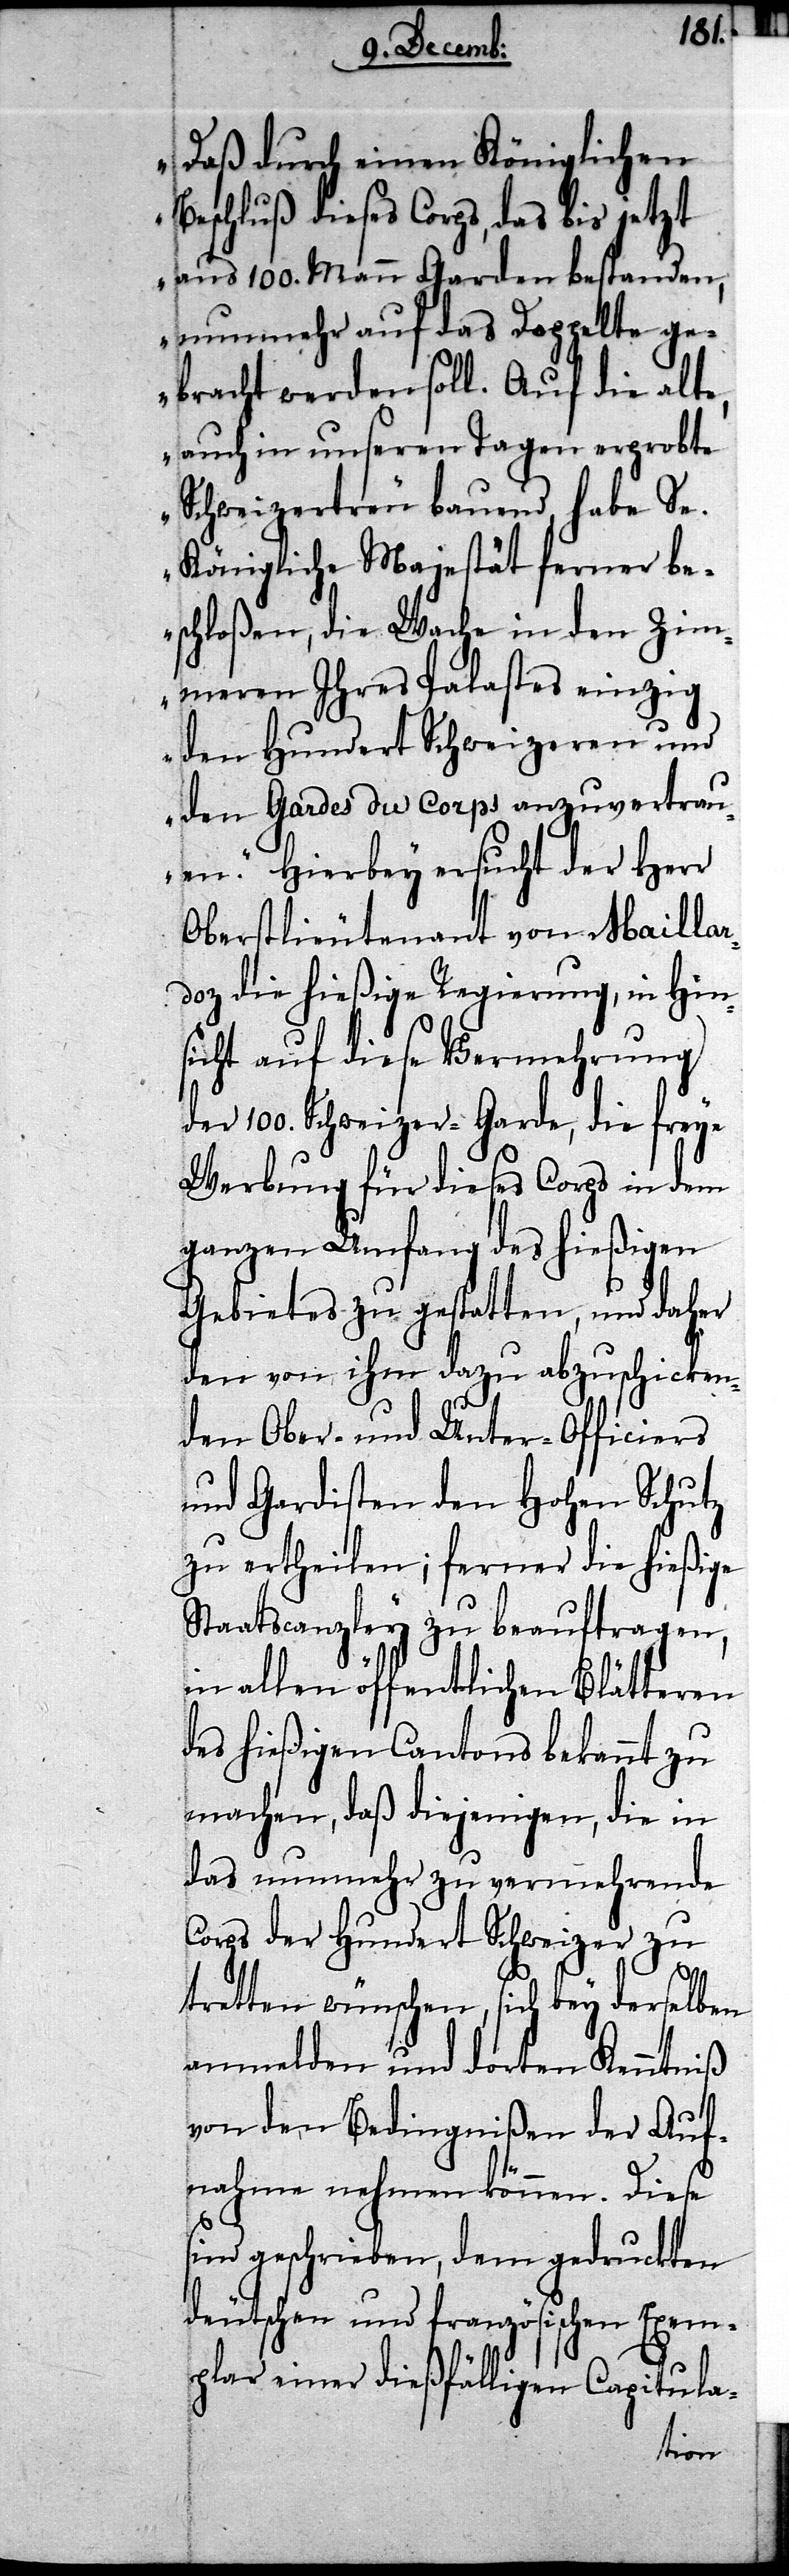
„Dass durch einen Königlichen
Beschluß dieses Corps, das bis jetzt
aus 100. Mann Garden bestanden,
nunmehr auf das Doppelte ge¬
bracht werden soll. Auf die alte,
auch in unseren Tagen erprobte
Schweizertreu bauend, habe Se.
Königliche Majestät ferner be¬
schloßen, die Wache in den Zim¬
meren Ihres Palastes einzig
den Hundert Schweizeren und
den Gardes du Corps anzuvertrau¬
en.“ Hierbey ersucht der Herr
Oberstlieutenant von Maillar¬
doz die hießige Regierung, in Hin¬
sicht auf diese Vermehrung
der 100. Schweizer-Garde, die freye
Werbung für dieses Corps in dem
ganzen Umfang des hießigen
Gebietes zu gestatten, und daher
den von ihm dazu abzuschicken¬
den Ober- und Unter-Officiers
und Gardisten den Hohen Schutz
zu ertheilen; ferner die hießige
Staatscanzley zu beauftragen,
in allen öffentlichen Blätteren
des hießigen Cantons bekannt zu
machen, daß diejenigen, die in
das nunmehr zu vermehrende
Corps der Hundert Schweizer zu
tretten wünschen, sich bey derselben
anmelden und dorten Kenntniß
von den Bedingnißen der Auf¬
nahme nehmen können. Diese
sind geschrieben, dem gedruckten
deutschen und französischen Exem¬
plar einer dießfälligen Capitula-